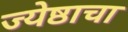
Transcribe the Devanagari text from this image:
ज्येष्ठाचा